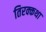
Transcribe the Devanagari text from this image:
तिरक्कथा